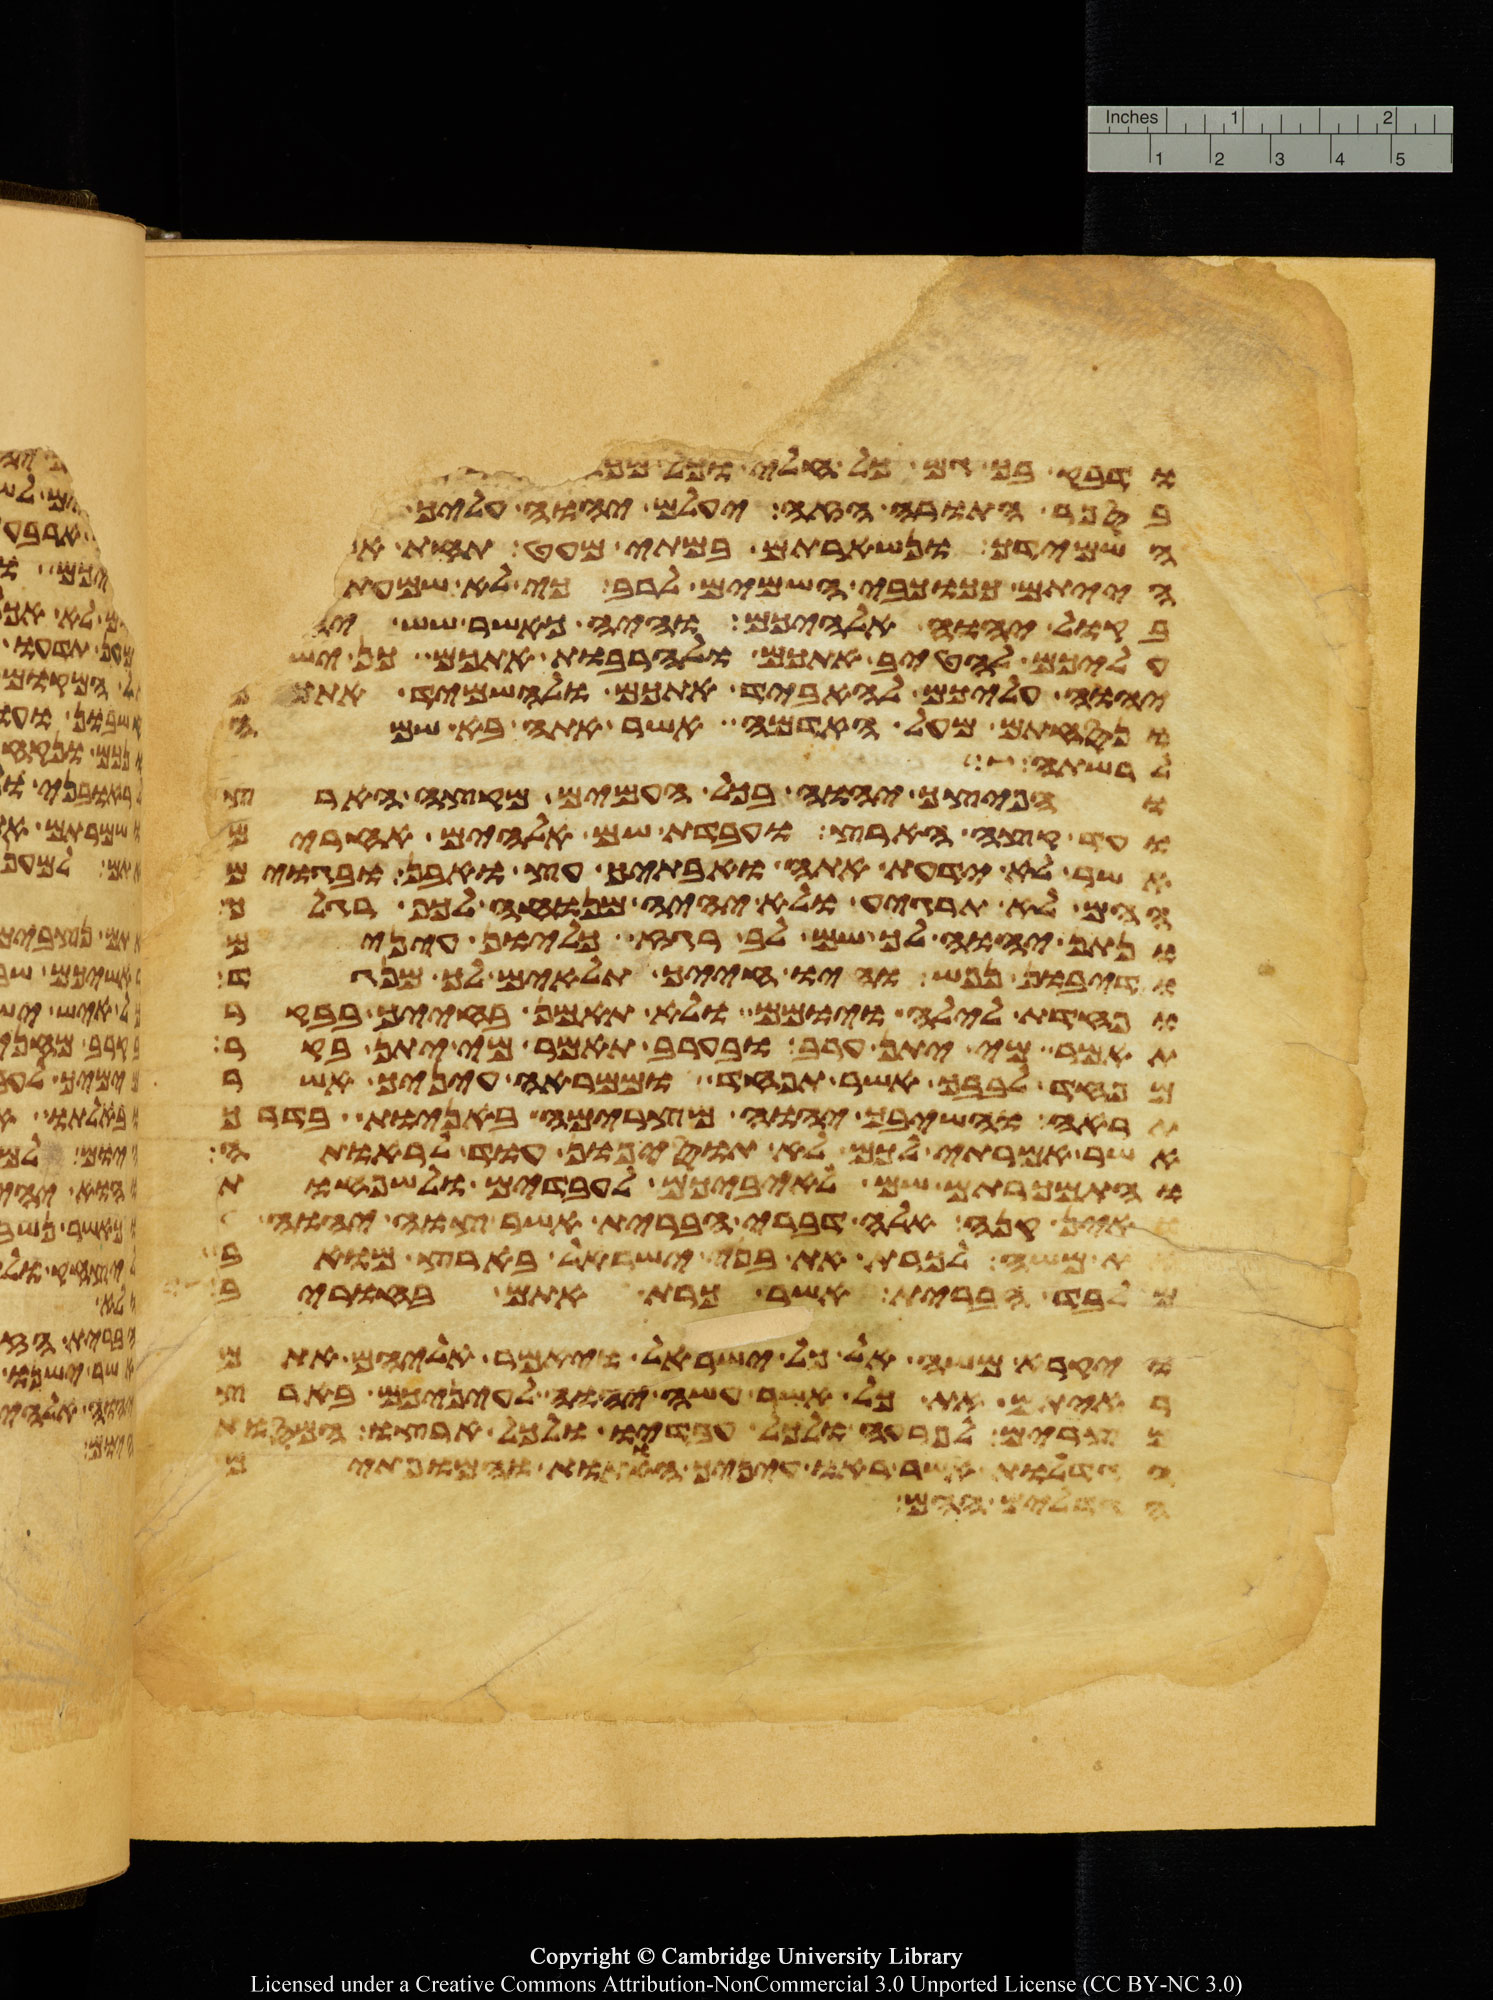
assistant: ודבק בך גם כל חלי וכל מכה
בספר התורה הזה יעלם יהוה עליך
השמידך ונשארתם במתי מעט תחת אשר
הייתם ככוכבי השמים לרב כי לא שמעתם
בקול יהוה אלהיכם והיה כאשר שש
עליכם להטיב אתכם ולהרבות אתכם כן ישש
יהוה עליכם להאביד אתכם ולהשמיד אתכם
ונסחתם מעל האדמה אשר אתה בא שמה
לרשתה
והפיצך יהוה בכל העמים מקצה הארץ
ועד קצה הארץ ועבדת שם אלהים אחרים
אשר לא ידעת אתה ואבתיך עץ ואבן ובגוים
ההם לא תרגיע ולא יהיה מנוח לכף רגלך
ונתן יהוה לך שם לב רגז כליון עינים
ודיבון נפש והיו חייך תלאים לך מנגד
ופחדת לילה ויומם ולא תאמן בחייך בבקר
תאמר מי יתן ערב ובערב תאמר מי יתן בקר
מפחד לבבך אשר תפחד וממראה עיניך אשר
תראה והשיבך יהוה מצרימה באניות בדרך
אשר אמרתי לכם לא תוסיפון עוד לראותה
והתמכרתם שם לאיביכם לעבדים ולשפחות
ואין קנה אלה דברי הברית אשר צוה יהוה
את משה לכרת את בני ישראל בארץ מואב
מלבד הברית אשר כרת אתם בחורב
ויקרא משה אל כל ישראל ויאמר אליהם אתם
ראיתם את כל אשר עשה יהוה לעיניכם בארץ
מצרים לפרעה ולכל עבדיו ולכל ארצו המסות
הגדלות אשר ראו עיניך האתות והמופתים
האנשים ההם